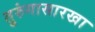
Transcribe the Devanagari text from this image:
तुरुंगासारखा